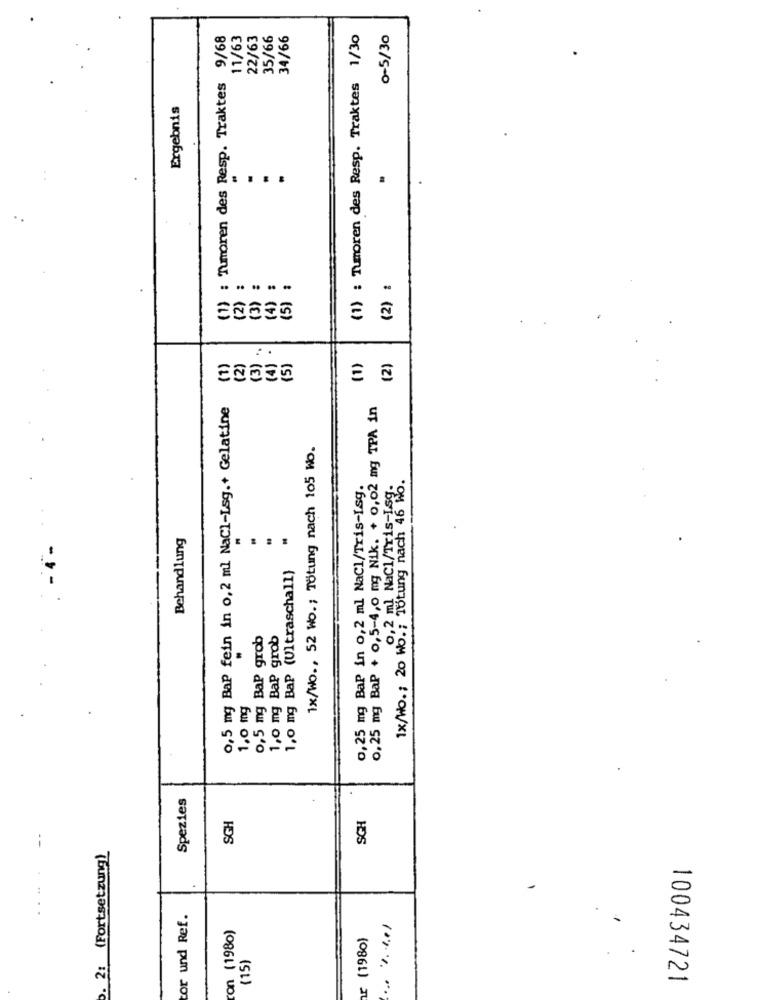
(1) : Tumoren des Resp. Traktes 9/68
11/63
22/63
35/66
34/66
(1) : Tumoren des Resp. Traktes 1/30
0-5/30
Ergebnis
(2) :
----
(2)
(3)
(4)
(5)
..
(1)
(2)
(3)
(4)
(5)
(1)
(2)
0,5 mg Bap fein in 0,2 ml NaCl-Lsg.+ Gelatine
0, 25 mg BaP + 0,5-4,0 mg Nik. + 0,02 mg TPA in
1x/Wo ., 52 Wo .; Tötung nach 105 Wo.
0,25 mg BaP in 0,2 ml NaCl/Tris-isg.
w. Tötung nach 46 Kb.
0,2 ml NaCl/Tris-Isg
Behandlung
1,0 mg Bap (Ultraschall)
1x/Wo .; 20 Wo. ;
0,5 mg Bap grob
1,0 mg BaP grob
1,0 mg
Spezies
SGH
SGH
. 2: (Fortsetzung)
..
or und Ref.
on (1980)
r (1980)
(15)
100434721